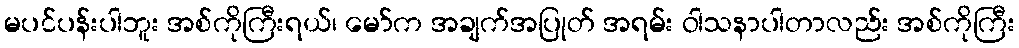
မပင်ပန်းပါဘူး အစ်ကိုကြီးရယ်၊ မော်က အချက်အပြုတ် အရမ်း ဝါသနာပါတာလည်း အစ်ကိုကြီး